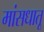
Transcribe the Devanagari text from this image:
मांसधातू